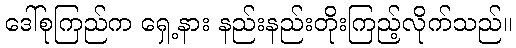
ဒေါ်စုကြည်က ရှေ့နား နည်းနည်းတိုးကြည့်လိုက်သည်။